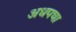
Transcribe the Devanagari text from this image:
अधपचा